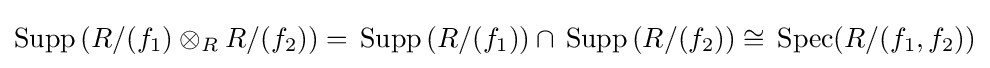
\operatorname {Supp} \left(R/(f_{1})\otimes _{R}R/(f_{2})\right)=\,\operatorname {Supp} \left(R/(f_{1})\right)\cap \,\operatorname {Supp} \left(R/(f_{2})\right)\cong \,\operatorname {Spec} (R/(f_{1},f_{2}))